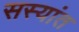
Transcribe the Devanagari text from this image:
सस्यांत